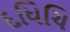
દધિચિ